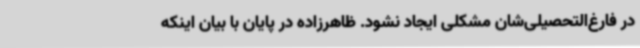
در فارغ‌التحصیلی‌شان مشکلی ایجاد نشود. ظاهرزاده در پایان با بیان اینکه